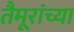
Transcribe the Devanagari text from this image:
तैमूरांच्या